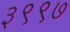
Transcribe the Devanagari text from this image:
३९९७